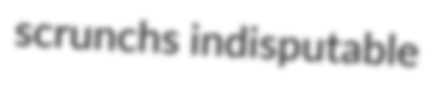
scrunchs indisputable